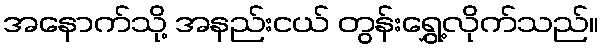
အနောက်သို့ အနည်းငယ် တွန်းရွှေ့လိုက်သည်။